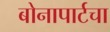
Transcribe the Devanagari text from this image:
बोनापार्टचा